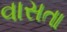
વાસતા